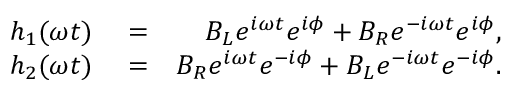
\begin{array} { r l r } { h _ { 1 } ( \omega t ) } & { { } = } & { B _ { L } e ^ { i \omega t } e ^ { i \phi } + B _ { R } e ^ { - i \omega t } e ^ { i \phi } , } \\ { h _ { 2 } ( \omega t ) } & { { } = } & { B _ { R } e ^ { i \omega t } e ^ { - i \phi } + B _ { L } e ^ { - i \omega t } e ^ { - i \phi } . } \end{array}